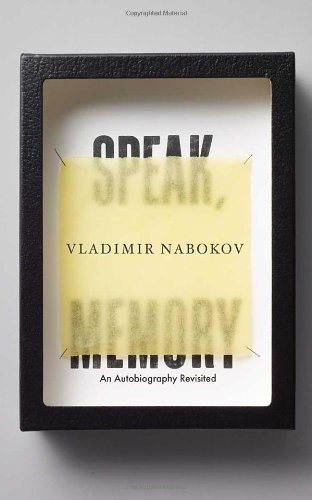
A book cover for Speak, Memory: An Autobiography Revisited; Vladimir Nabokov; Biographies & Memoirs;